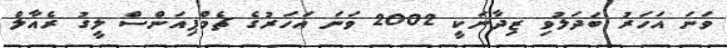
ވަނަ އަހަރު ބަދަލުވި ޒިދާނަކީ 2002 ވަނަ އަހަރުގެ ޗެމްޕިއަންސް ލީގު ރެއާލް